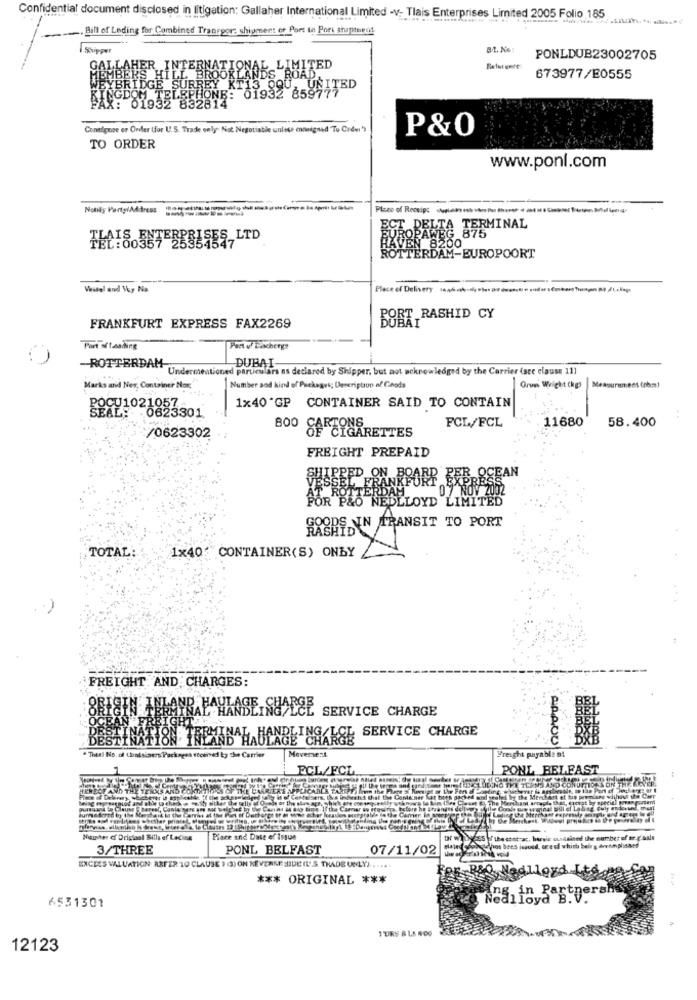
Confidential document disclosed in litigation; Gallaher International Limited -v- Tlais Enterprises Limited 2005 Folio 185
. Bill of Lading for Combined Transpor; shipment or Part to Pori shipternf.
PONLDUB23002705
BROOKLANDS ROAD
NATIONAL LIMITED
673977/E0555
DON
DGE SURREY KT13 QQU, UNITED
01932 832814
LEPHONE: 01932 85977
Conelignoe er Onder (for U.S. Trade sely- Not Negotiable unless ensigned To Crdsi)
P&0
TO ORDER
www.ponl.com
Place of Recip: ------ --
ROPAWEG 875
DELTA TERMINAL
TEN 8200
RO
ITERDAM-EUROPOORT
00
Vessel and Voy Na.
Place of Delivery 1446 af-s vier on danse codosmens n /a
BORT RASHID CY
FRANKFURT EXPRESS FAX2269
Part of loading
-ROTTERDAM
Undermentioned particulars as declared by Shipper, but not acknowledged by the Carrier (sce clause 11]
DUBAI
Marks and Nes, Container Nor: "
Number sod kind of Fuckagui; Description of Goods
Grun Weight (kg)
Measurement (nbce)
1×40'GP CONTAINER SAID TO CONTAIN
POCU1021057-
FCL/FCL
11680
58.400
/0623302
800 OF CIGARETTES
FREIGHT PREPAID
SHIPPED ON BOARD BEB.OCEAN
07 NOV 2002
FOR P&O NEDLLOYD LIMITED
RASDS NIN TRANSIT TO PORT
TOTAL:
1×40:"CONTAINER(S) ONLY
FREIGHT AND CHARGES:
AND
BAHKASE SHALCE
SERVICE CHARGE
CEAN
DESTINATION
TUAAKCE SERVICE CHARGE
Movement
" Thetl No. of Cholsiaens Pack
d ty 3+ Carrier
Freight payable at
ECL/FCL
PONL_BELFAST
Meetus that the Comte
Mismher of Drichaol Bills of Lading
Piare and Date of Issue
Dr WI Dass of the eset a, harsic undtained the number of or g.sals
3/THREE
PONL BELFAST
07/11/02
Watchos bees issued, orest which being dreamplaats
EXCES VALUATION. REFER TO CLAUSE 3 () ON KEVERNESSIDE (L' S. THADE ONLY) .. ....
*** ORIGINAL ***
R&O Nedlloyd
6531301
,in Partpers
12123